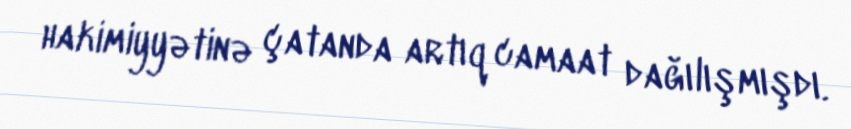
hakimiyyətinə çatanda artıq camaat dağılışmışdı.